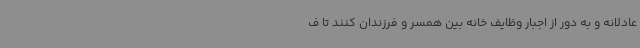
عادلانه و به دور از اجبار وظایف خانه بین همسر و فرزندان کنند تا ف